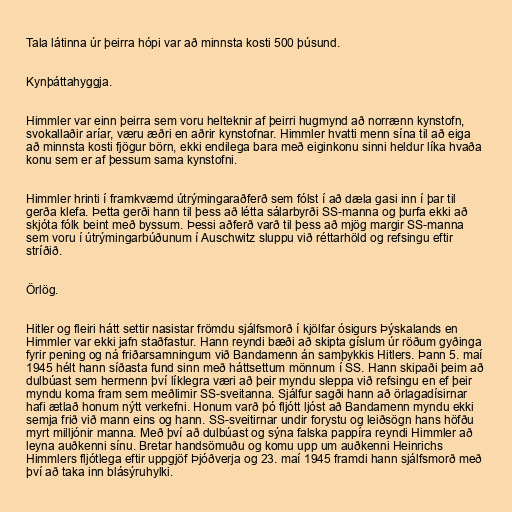
Tala látinna úr þeirra hópi var að minnsta kosti 500 þúsund.

Kynþáttahyggja.

Himmler var einn þeirra sem voru helteknir af þeirri hugmynd að norrænn kynstofn,
svokallaðir aríar, væru æðri en aðrir kynstofnar. Himmler hvatti menn sína til að eiga
að minnsta kosti fjögur börn, ekki endilega bara með eiginkonu sinni heldur líka hvaða
konu sem er af þessum sama kynstofni.

Himmler hrinti í framkvæmd útrýmingaraðferð sem fólst í að dæla gasi inn í þar til
gerða klefa. Þetta gerði hann til þess að létta sálarbyrði SS-manna og þurfa ekki að
skjóta fólk beint með byssum. Þessi aðferð varð til þess að mjög margir SS-manna
sem voru í útrýmingarbúðunum í Auschwitz sluppu við réttarhöld og refsingu eftir
stríðið.

Örlög.

Hitler og fleiri hátt settir nasistar frömdu sjálfsmorð í kjölfar ósigurs Þýskalands en
Himmler var ekki jafn staðfastur. Hann reyndi bæði að skipta gíslum úr röðum gyðinga
fyrir pening og ná friðarsamningum við Bandamenn án samþykkis Hitlers. Þann 5. maí
1945 hélt hann síðasta fund sinn með háttsettum mönnum í SS. Hann skipaði þeim að
dulbúast sem hermenn því líklegra væri að þeir myndu sleppa við refsingu en ef þeir
myndu koma fram sem meðlimir SS-sveitanna. Sjálfur sagði hann að örlagadísirnar
hafi ætlað honum nýtt verkefni. Honum varð þó fljótt ljóst að Bandamenn myndu ekki
semja frið við mann eins og hann. SS-sveitirnar undir forystu og leiðsögn hans höfðu
myrt milljónir manna. Með því að dulbúast og sýna falska pappíra reyndi Himmler að
leyna auðkenni sínu. Bretar handsömuðu og komu upp um auðkenni Heinrichs
Himmlers fljótlega eftir uppgjöf Þjóðverja og 23. maí 1945 framdi hann sjálfsmorð með
því að taka inn blásýruhylki.